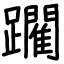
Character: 躙